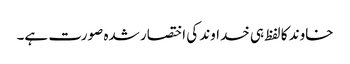
خاوند کا لفظ ہی خداوند کی اختصار شدہ صورت ہے۔